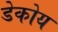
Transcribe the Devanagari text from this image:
डेकोय